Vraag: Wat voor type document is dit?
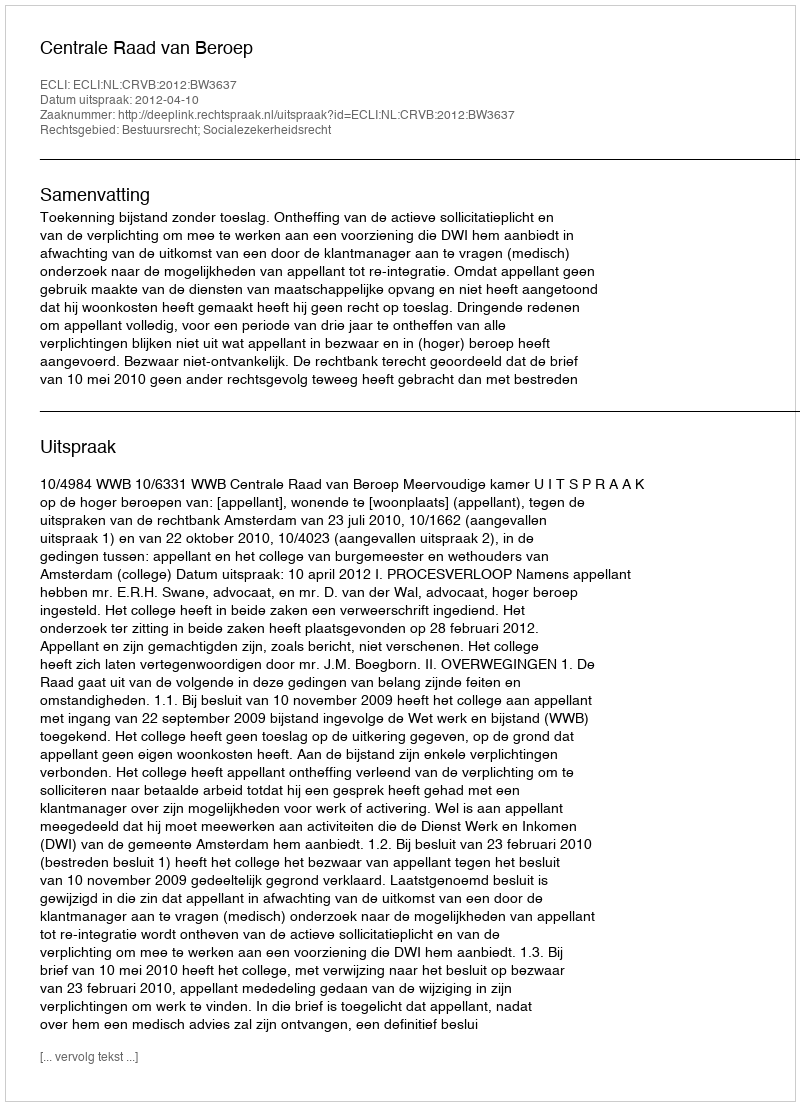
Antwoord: Uitspraak